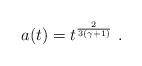
LaTeX: \begin{align*}a(t) = t^{\frac{2}{3(\gamma+1)}}\ .\end{align*}